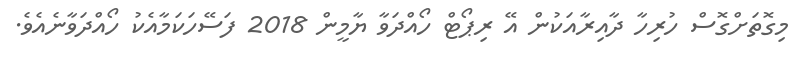
މިގޮތަށްގޮސް ހުރިހާ ދާއިރާއަކުން އޭ ރިޕޯޓް ހޯއްދަވާ ޔާމީން 2018 ފަސޭހަކަމާއެކު ހޯއްދަވާނެއެވެ.